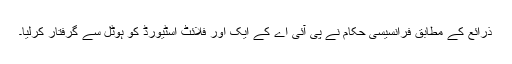
ذرائع کے مطابق فرانسیسی حکام نے پی آئی اے کے ایک اور فلائٹ اسٹیورڈ کو ہوٹل سے گرفتار کرلیا۔